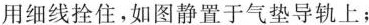
用细线拴住，如图静置于气垫导轨上；